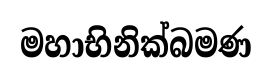
මහාභිනික්බමණ